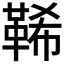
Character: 𩊽